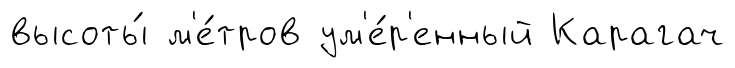
высоты́ м'е́тров ум'е́р'енный Карагач